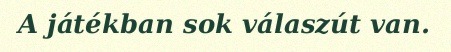
A játékban sok válaszút van.